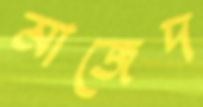
মাজেদ